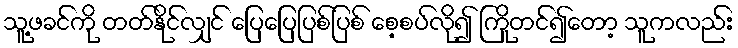
သူ့ဖခင်ကို တတ်နိုင်လျှင် ပြေပြေပြစ်ပြစ် စေ့စပ်လို၍ ကြိုတင်၍တော့ သူကလည်း